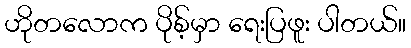
ဟိုတလောက ပိုစ့်မှာ ရေးပြဖူး ပါတယ်။